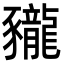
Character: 𧲖